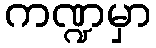
ကဏ္ဍမှာ